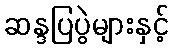
ဆန္ဒပြပွဲများနှင့်